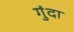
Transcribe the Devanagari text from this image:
गुंदा